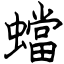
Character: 蟷